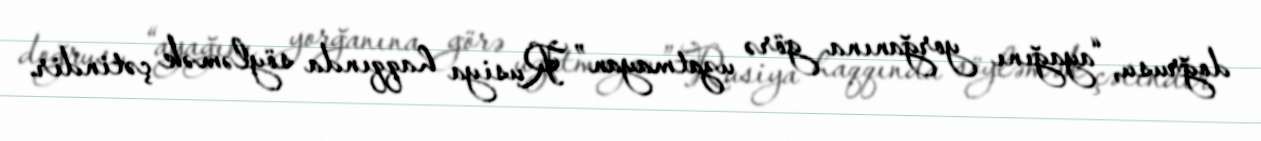
doğrusu, “ayağını yorğanına görə uzatmayan” Rusiya haqqında söyləmək çətindir.